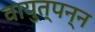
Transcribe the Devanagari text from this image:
वायुत्पन्न